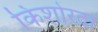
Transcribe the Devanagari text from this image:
किशोरदा